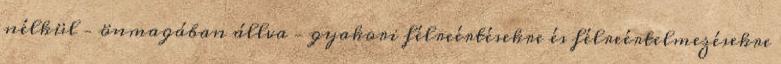
nélkül – önmagában állva – gyakori félreértésekre és félreértelmezésekre